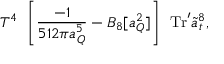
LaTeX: T ^ { 4 } \: \: \left[ \frac { - 1 } { 5 1 2 \pi a _ { Q } ^ { 5 } } - { \cal B } _ { 8 } [ a _ { Q } ^ { 2 } ] \right] \: \: \mathrm { T r } ^ { \prime } \tilde { a } _ { t } ^ { 8 } ,